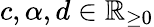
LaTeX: c,\alpha,d\in\mathbb{R}_{\ge 0}